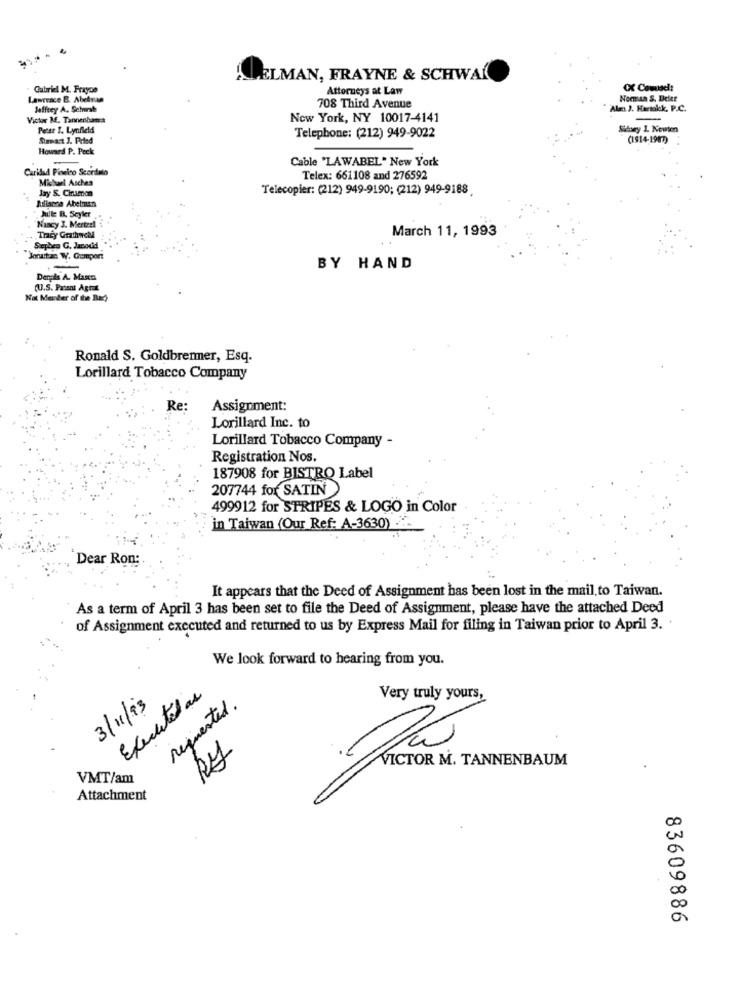
ELMAN, FRAYNE & SCHWAR
Gabriel M. Frayoe
Attorneys at Law
CX Comisel:
Lawrence B. Abedran
Noman S. Deler
Jeffrey A. Schust
708 Third Avenue
Alm J. Hartakk, P.C.
Victor Mf. Tannenbaers
New York, NY 10017-4141
Petst f. Lynfield
Sidory L. Newton
Surmast J. Prled
Telephone: (212) 949-9022
(1914-1987)
Howard P. Peck
Cable "LAWABEL" New York
Caridad Pineiro Scordato
Michael Asches
Telex: 661108 and 276592
Jay S. Chrumon
Telecopier: (212) 949-9190; (212) 949-9188
Aulamva Abelnun
Julle B. Seyler
Nancy 3. Mertrel
March 11, 1993
Tracy Grathnek
"Joruitan W. Comport
-
BY HAND
Dergis A. Maxens
(U.S. Patent Agrat
Not Meter of the Bach
Ronald S. Goldbrenner, Esq.
Lorillard Tobacco Company
Re:
Assignment:
Lorillard Inc. to
Lorillard Tobacco Company -
Registration Nos.
187908 for BISTRO Label
207744 for SATIN
499912 for STRIPES & LOGO in Color
in Taiwan (Our Ref: A-3630) ..
Dear Ron:
It appears that the Deed of Assignment has been lost in the mail to Taiwan.
As a term of April 3 has been set to file the Deed of Assignment, please have the attached Deed
of Assignment executed and returned to us by Express Mail for filing in Taiwan prior to April 3. '
We look forward to hearing from you.
Executadas
requested.
Very truly yours,
3/11/93
VICTOR M. TANNENBAUM
VMT/am
Attachment
83609886